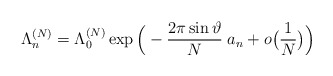
\begin{align*}\Lambda_n^{(N)}=\Lambda_0^{(N)}\exp\Big(-\frac{2\pi\sin\vartheta}N\;{a_n}+o\big(\frac 1N\big)\Big)\end{align*}